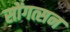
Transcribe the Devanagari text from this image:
सोंगत्सन